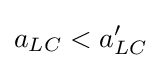
a_{LC}<a'_{LC}